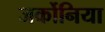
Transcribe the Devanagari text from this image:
जर्कोनिया